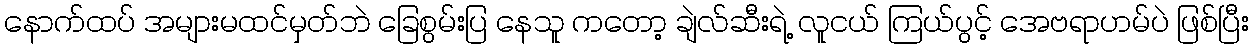
နောက်ထပ် အများမထင်မှတ်ဘဲ ခြေစွမ်းပြ နေသူ ကတော့ ချဲလ်ဆီးရဲ့ လူငယ် ကြယ်ပွင့် အေဗရာဟမ်ပဲ ဖြစ်ပြီး